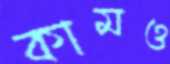
কামও